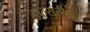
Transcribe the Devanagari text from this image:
डब्‍ल्यूटीओ